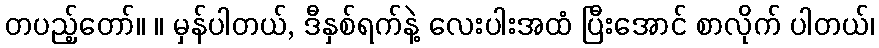
တပည့်တော်။ ။ မှန်ပါတယ်, ဒီနှစ်ရက်နဲ့ လေးပါးအထံ ပြီးအောင် စာလိုက် ပါတယ်၊